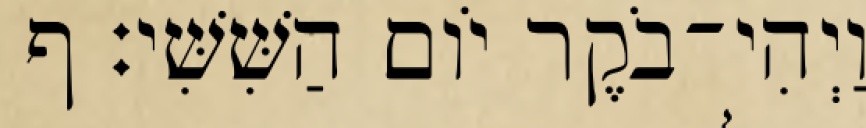
וַיְהִי־בֹקֶר יֹום הַשִּׁשִּׁי׃ ף